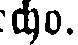
echo.